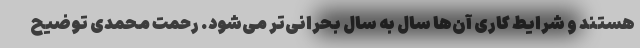
هستند و شرایط کاری آن‌ها سال به سال بحرانی‌تر می‌شود. رحمت محمدی توضیح